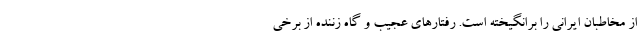
از مخاطبان ایرانی را برانگیخته است. رفتارهای عجیب و گاه زننده از برخی